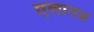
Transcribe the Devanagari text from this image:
एलापत्र